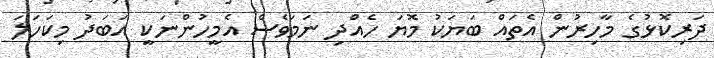
ދަރިކޮޅުގެ މާހިރުން އެތައް ބަޔަކު މޮޔަ ހެއްދި ނަމަވެސް އެމީހުންނަކީ އަބަދު މިކަހަލަ